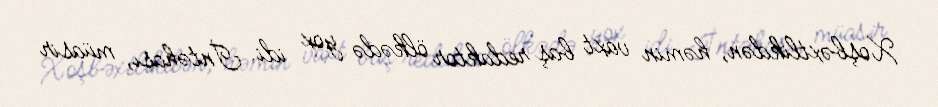
Xoşbəxtlikdən, həmin vaxt baş redaktor ölkədə yox idi. İntəhası, müasir